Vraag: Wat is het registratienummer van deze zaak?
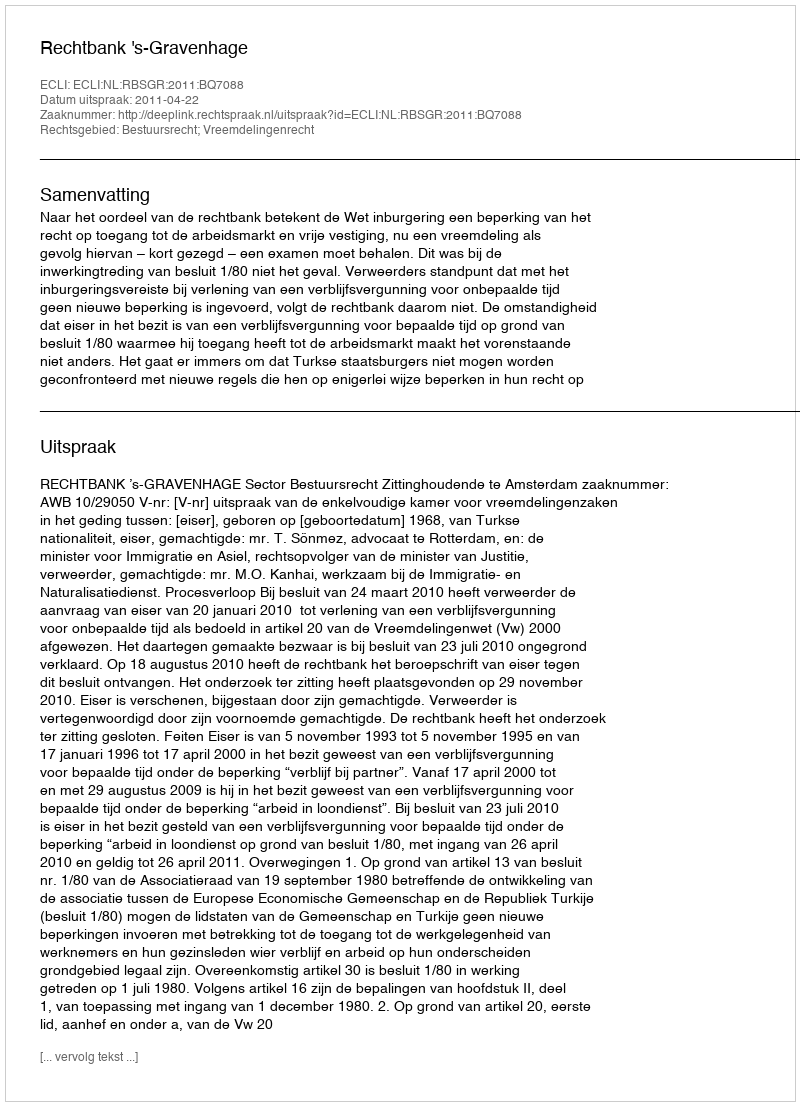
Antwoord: http://deeplink.rechtspraak.nl/uitspraak?id=ECLI:NL:RBSGR:2011:BQ7088